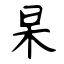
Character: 杲